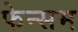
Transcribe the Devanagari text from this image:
फेन्सम